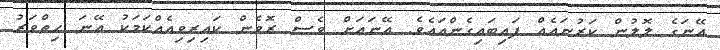
އޭނަގެ ލޮލުން ކަރުނައެއް ފައިބައިގެންއައެވެ. އޭނައަށް ވެސް ރޮވެން ކައިރިވިއެއްކަމަކު އޭނަ ހިތްވަރު